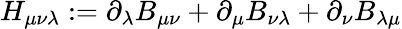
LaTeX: H_{\mu\nu\lambda}:=\partial_{\lambda}B_{\mu\nu}+\partial_{\mu}B_{\nu\lambda}+\partial_{\nu}B_{\lambda\mu}